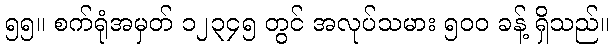
၅၅။ စက်ရုံအမှတ် ၁၂၃၄၅ တွင် အလုပ်သမား ၅၀၀ ခန့် ရှိသည်။